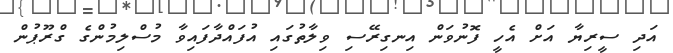
އަދި ސީރިޔާ އަށް އެހީ ފޮނުވަން އިނގިރޭސި ވިލާތުގައި އުފައްދާފައިވާ މުސްލިމުންގެ ގްރޫޕުން